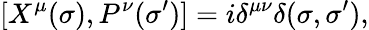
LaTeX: [X^{\mu}(\sigma),P^{\nu}(\sigma^{\prime})]=i\delta^{\mu\nu}\delta(\sigma,\sigma^{\prime}),